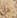
هل